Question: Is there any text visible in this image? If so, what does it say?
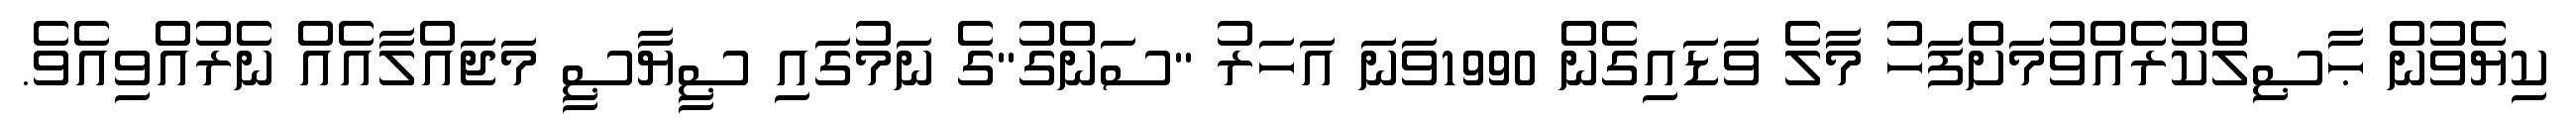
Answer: ކިޔެވުން ޙާޞިލްކުރެއްވުމަށްފަހު މާލެ ވަޑައިގެން 1990ވަނަ އަހަރު "ސަންގު"ގެ ނަމުގައި ޞީޔާޞީ މަޖައްލާއެއް ނެރުއްވިއެވެ.